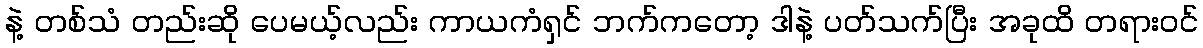
နဲ့ တစ်သံ တည်းဆို ပေမယ့်လည်း ကာယကံရှင် ဘက်ကတော့ ဒါနဲ့ ပတ်သက်ပြီး အခုထိ တရားဝင်